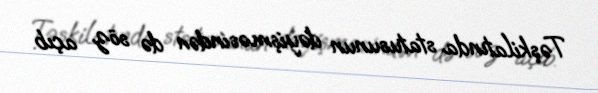
Təşkilatında statusunun dəyişməsindən də söz açıb.